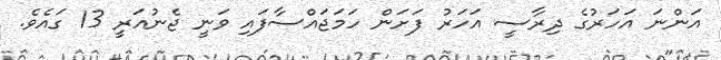
އަންނަ އަހަރުގެ ދިރާސީ އަަހަރު ފަށަން ހަމަޖައްސާފައި ވަނީ ޖެނުއަރީ 13 ގައެވެ.